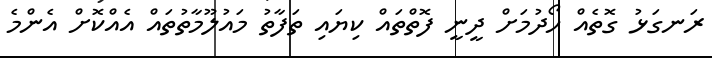
ރަނގަޅު ގޮތެއް ހޯދުމަށް ދީނީ ފޮތްތައް ކިޔައި ތަފާތު މައުލޫމާތުތައް އެއްކޮށް އެންމެ